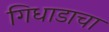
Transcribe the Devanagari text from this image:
गिधाडाचा